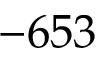
- 6 5 3